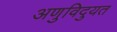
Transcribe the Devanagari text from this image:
अणुविदुयत